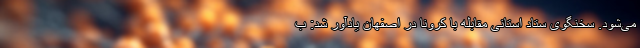
می‌شود. سخنگوی ستاد استانی مقابله با کرونا در اصفهان یادآور شد: ب